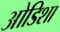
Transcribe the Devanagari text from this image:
ओडिशा